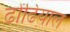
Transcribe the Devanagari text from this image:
ढोंढियाल